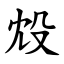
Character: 㱽